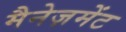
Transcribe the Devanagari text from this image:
मैनेज़मेंट